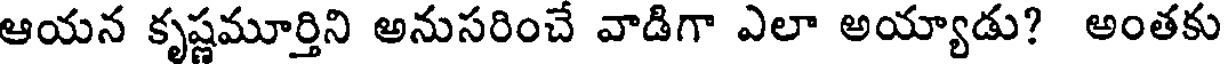
ఆయన కృష్ణమూర్తిని అనుసరించే వాడిగా ఎలా అయ్యాడు? అంతకు